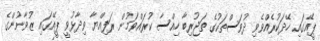
ޕީއޭގައި ހޭދަކުރެއްވެވި ދުވަސްތަކުގެ ތަޖުރިބާ ހިއްސާ ކުރައްވަމުން ރަފިއްޔާ ވިދާޅުވީ ޕީއޭގައި ޒުވާނުންގެ